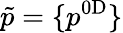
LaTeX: \tilde{p}=\{ p^{\mathrm{{0D}}}\}